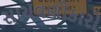
સાચવણીકારો